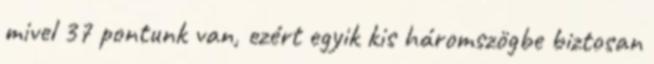
mivel 37 pontunk van, ezért egyik kis háromszögbe biztosan